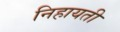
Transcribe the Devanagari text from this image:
निहायती